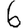
Digit: 6